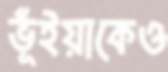
ভূঁইয়াকেও